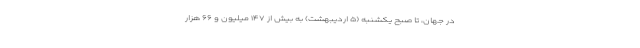
در جهان، تا صبح یکشنبه (۵ اردیبهشت) به بیش از ۱۴۷ میلیون و ۶۶ هزار